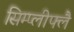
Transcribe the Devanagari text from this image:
सिम्प्लीफ्लै